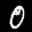
Label: 0